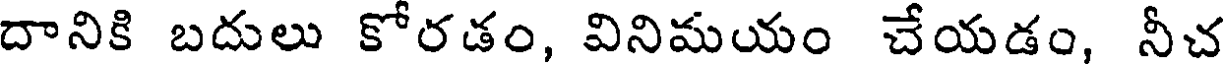
దానికి బదులు కోరడం, వినిమయం చేయడం, నీచ